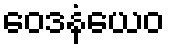
ဝေဒနံယေဝ